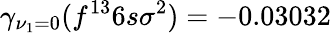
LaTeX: \gamma_{\nu_{1}=0}(f^{13}6s\sigma^{2})=-0.03032